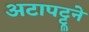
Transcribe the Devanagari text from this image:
अटापट्टूने